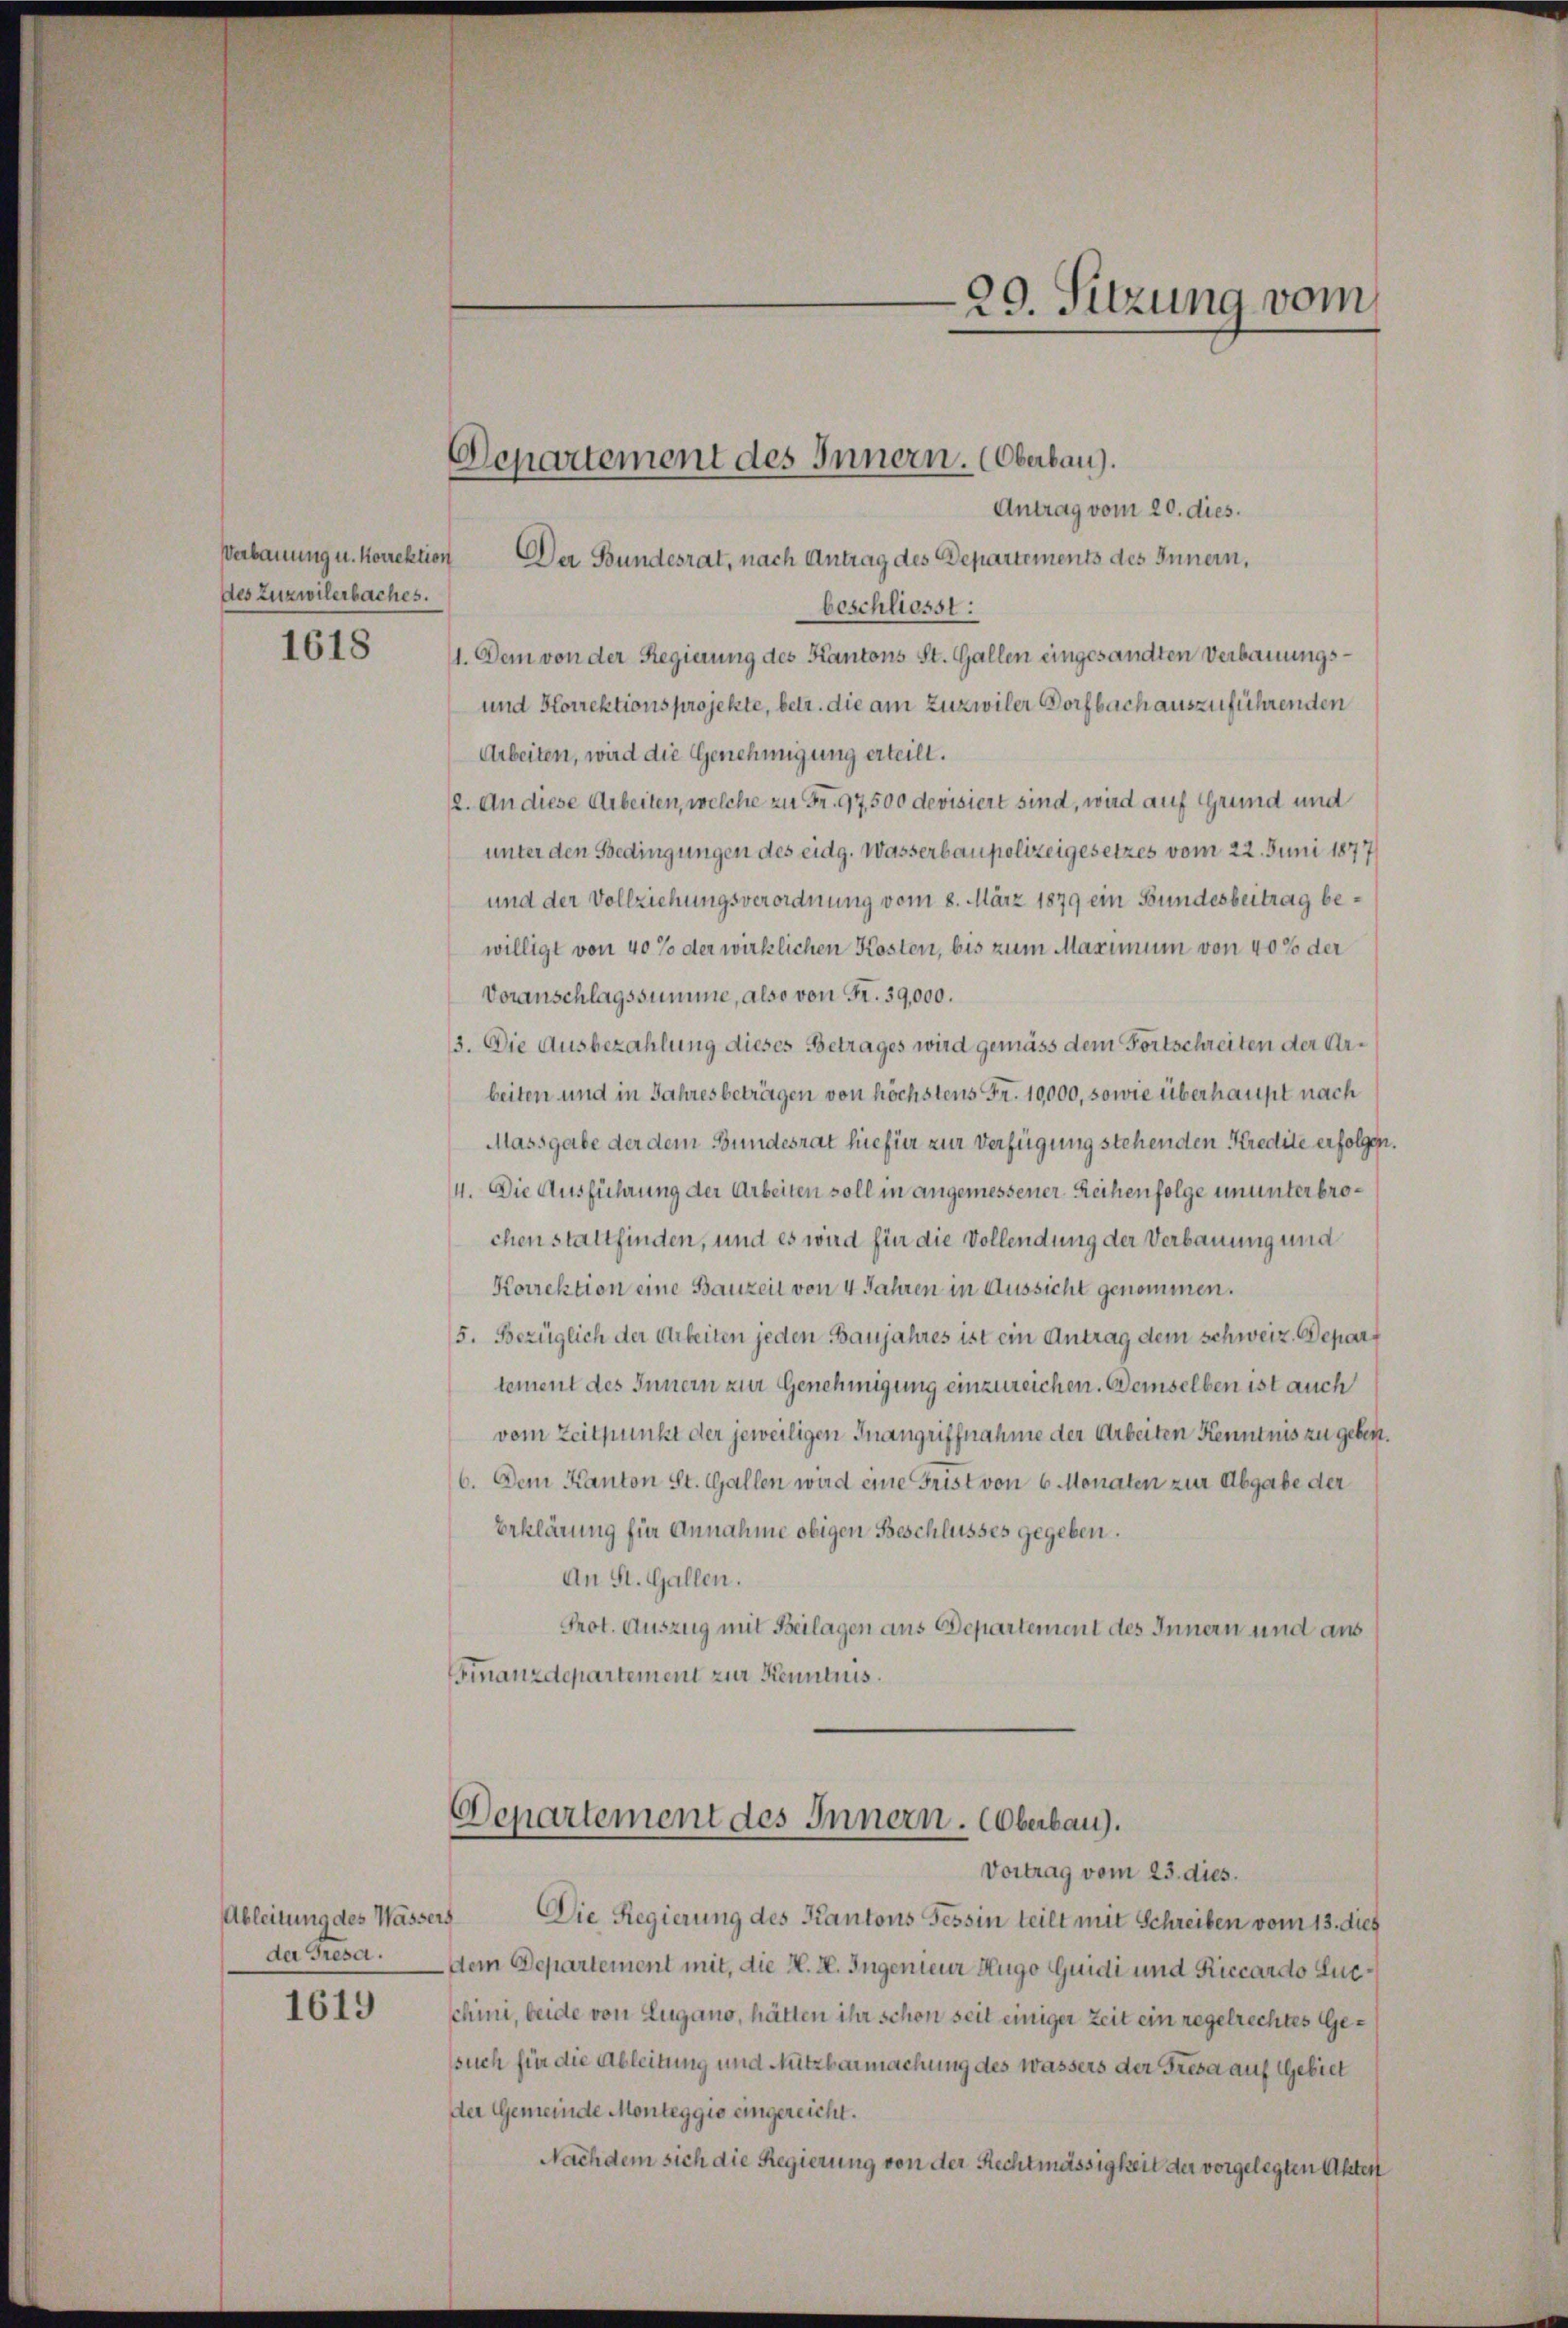
Verbauung u. korrektion
des Zuzwilerbaches.

1618

Ableitung des Wassers
de Gresa.

1619

Departement des Innern. Oberbau).

Departement des Innern. Oberbau).

Antrag vom 20. dies.
Der Bundesrat, nach Antrag des Departements des Innern,
beschliesst:
11. Dem von der Regierung des Kantons St. Gallen eingesandten Verbauungs¬
und Korrektionsprojekte, betr. die am Zuzwiler Dorfbach auszuführenden
Arbeiten, wird die Genehmigung erteilt.
12. An diese Arbeiten, welche zu Fr. 97,500 devisiert sind, wird auf Grund und
unter den Bedingungen des eidg. Wasserbaupolizeigesetzes vom 22. Juni 1877
und der Vollziehungsverordnung vom 8. März 1879 ein Bundesbeitrag bewilligt von 40% der wirklichen Kosten, bis zum Maximum von 40% der
Voranschlagssumme, also von Fr. 39,000.
3. Die Ausbezahlung dieses Betrages wird gemäss dem Fortschreiten der Arbeiten und in Jahresbeträgen von höchstens Fr. 10,000, sowie überhaupt nach
Massgabe der dem Bundesrat hiefür zur Verfügung stehenden Kredite erfolgen.
14. Die Ausführung der Arbeiten soll in angemessener Reihenfolge ununterbrochen stattfinden, und es wird für die Vollendung der Verbauung und
Korrektion eine Bauzeit von 4 Jahren in Aussicht genommen.
5. Bezüglich der Arbeiten jeden Baujahres ist ein Antrag dem schweiz. Departement des Innern zur Genehmigung einzureichen. Demselben ist auch
vom Zeitpunkt der jeweiligen Inangriffnahme der Arbeiten Kenntnis zu geben.
6. Dem Kanton St. Gallen wird eine Frist von 6 Monaten zur Abgabe der
Erklärung für Annahme obigen Beschlusses gegeben.
An St. Gallen.
Prot. Auszug mit Beilagen aus Departement des Innern und aus
Finanzdepartement zur Kenntnis.

Vortrag vom 23. dies
Die Regierung des Kantons Tessin teilt mit Schreiben vom 13. dies
dem Departement mit, die H. H. Ingenieur Hugo Guidi und Riccardo Lucchini, beide von Lugano, hätten ihr schon seit einiger Zeit ein regelrechtes Gesuch für die Ableitung und Nutzbarmachung des Wassers der Fresa auf Gebiet
der Gemeinde Monteggio eingereicht.
Nachdem sich die Regierung von der Rechtmässigkeit der vorgelegten Akten

99. Sitzung vom